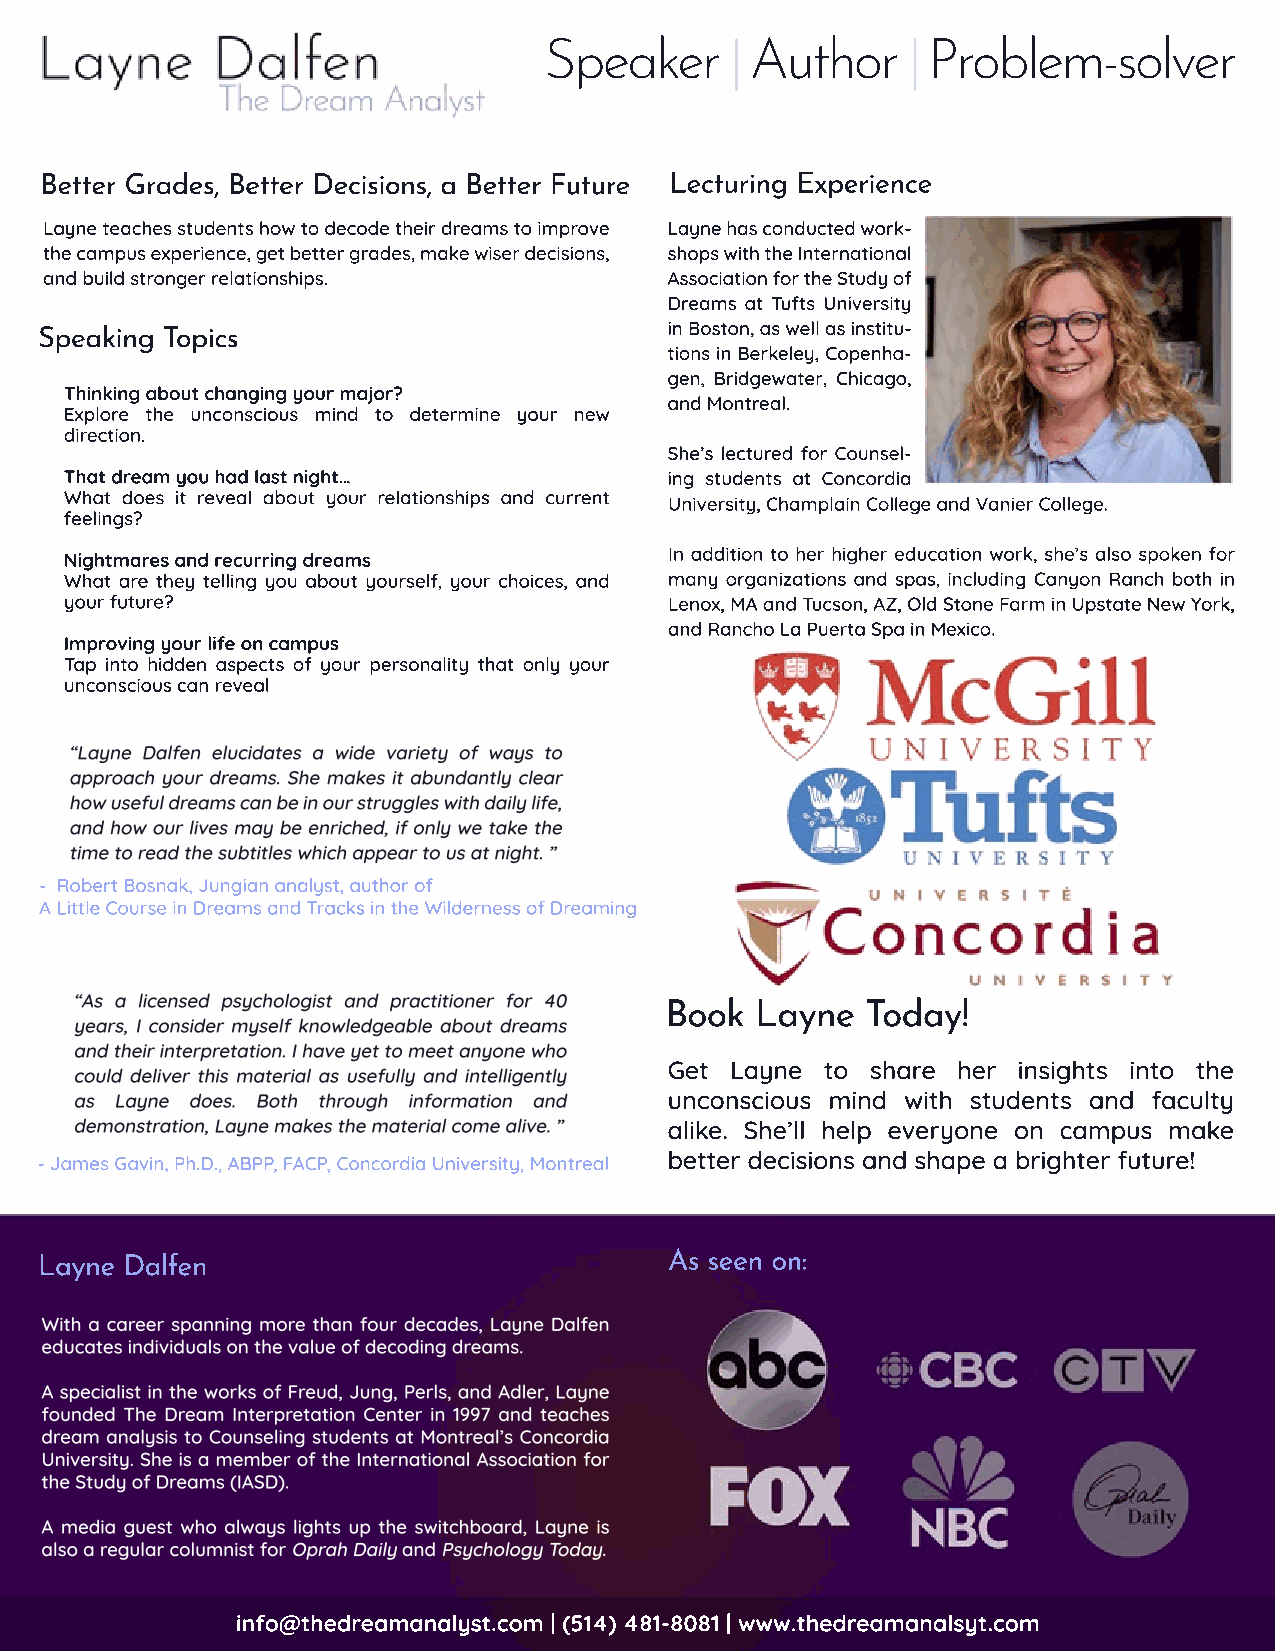
Speaker     | Author    | Problem-solver
 Better Grades, Better Decisions, a Better Future Lecturing Experience
 Layne teaches students how to decode their dreams to improve Layne has conducted work-
 the campus experience, get better grades, make wiser decisions, shops with the International
 and build stronger relationships.        Association for the Study of
 Dreams at Tufts University
 Speaking Topics                          in Boston, as well as institu-
 tions in Berkeley, Copenha-
 gen, Bridgewater, Chicago,
 Thinking about changing your major?
 and Montreal.
 Explore the unconscious mind to determine your new
 direction.
 She’s lectured for Counsel-
 That dream you had last night…          ing students at Concordia
 What does it reveal about your relationships and current
 University, Champlain College and Vanier College.
 feelings?
 In addition to her higher education work, she’s also spoken for
 NNiigghhttmmaares and recurring dreams
 What are they telling you about yourself, your choices, and many organizations and spas, including Canyon Ranch both in
 your future?                            Lenox, MA and Tucson, AZ, Old Stone Farm in Upstate New York,
 and Rancho La Puerta Spa in Mexico.
 Improving your life on campus
 Tap into hidden aspects of your personality that only your
 unconscious can reveal
 - Robert Bosnak, Jungian analyst, author of
 A Little Course in Dreams and Tracks in the Wilderness of Dreaming
 Book  Layne  Today!
 Get Layne  to share her insights into the
 unconscious mind with students and faculty
 alike. She’ll help everyone on campus make
 - James Gavin, Ph.D., ABPP, FACP, Concordia University, Montreal better decisions and shape a brighter future!
 Layne Dalfen                              As seen on:
 info@thedreamanalyst.com | (514) 481-8081 | www.thedreamanalsyt.com